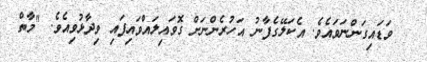
ވަޑައިގަންނަވައެވެ. އެކަލޭގެފާނު އަހުރެންނަށް ގޮވައިލައްވައިފައި ވިދާޅުވިއެވެ. "މާތް